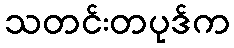
သတင်းတပုဒ်က